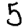
Digit: 5